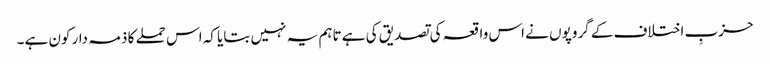
حزبِ اختلاف کے گروپوں نے اس واقعہ کی تصدیق کی ہے تاہم یہ نہیں بتایا کہ اس حملے کا ذمہ دار کون ہے۔